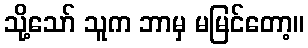
သို့သော် သူက ဘာမှ မမြင်တော့။